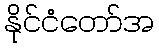
နိုင်ငံတော်အ